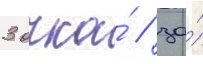
3 очка́ / за́